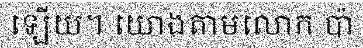
ឡើយ។ យោងតាមលោក ប៉ា